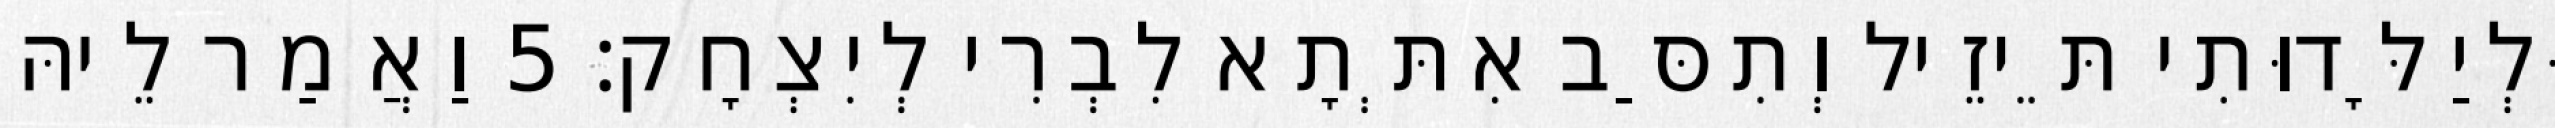
וּלְיַלָּדוּתִי תֵּיזֵיל וְתִסַּב אִתְּתָא לִבְרִי לְיִצְחָק׃ 5 וַאֲמַר לֵיהּ